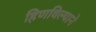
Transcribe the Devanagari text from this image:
हिणविल्याने